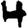
Digit: 4